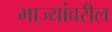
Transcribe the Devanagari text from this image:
भाज्यांवरील